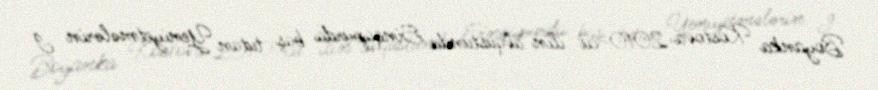
Boyanka Kostova 2010-cu ilin avqustunda Sinqapurda baş tutan Yeniyetmələrin I